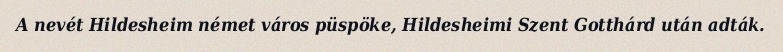
A nevét Hildesheim német város püspöke, Hildesheimi Szent Gotthárd után adták.